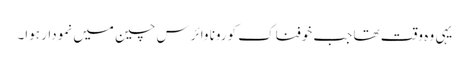
یہی وہ وقت تھا جب خوفناک کورونا وائرس چین میں نمودار ہوا۔